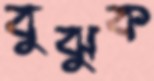
বুঝুক